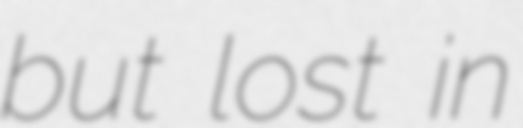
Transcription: but lost in